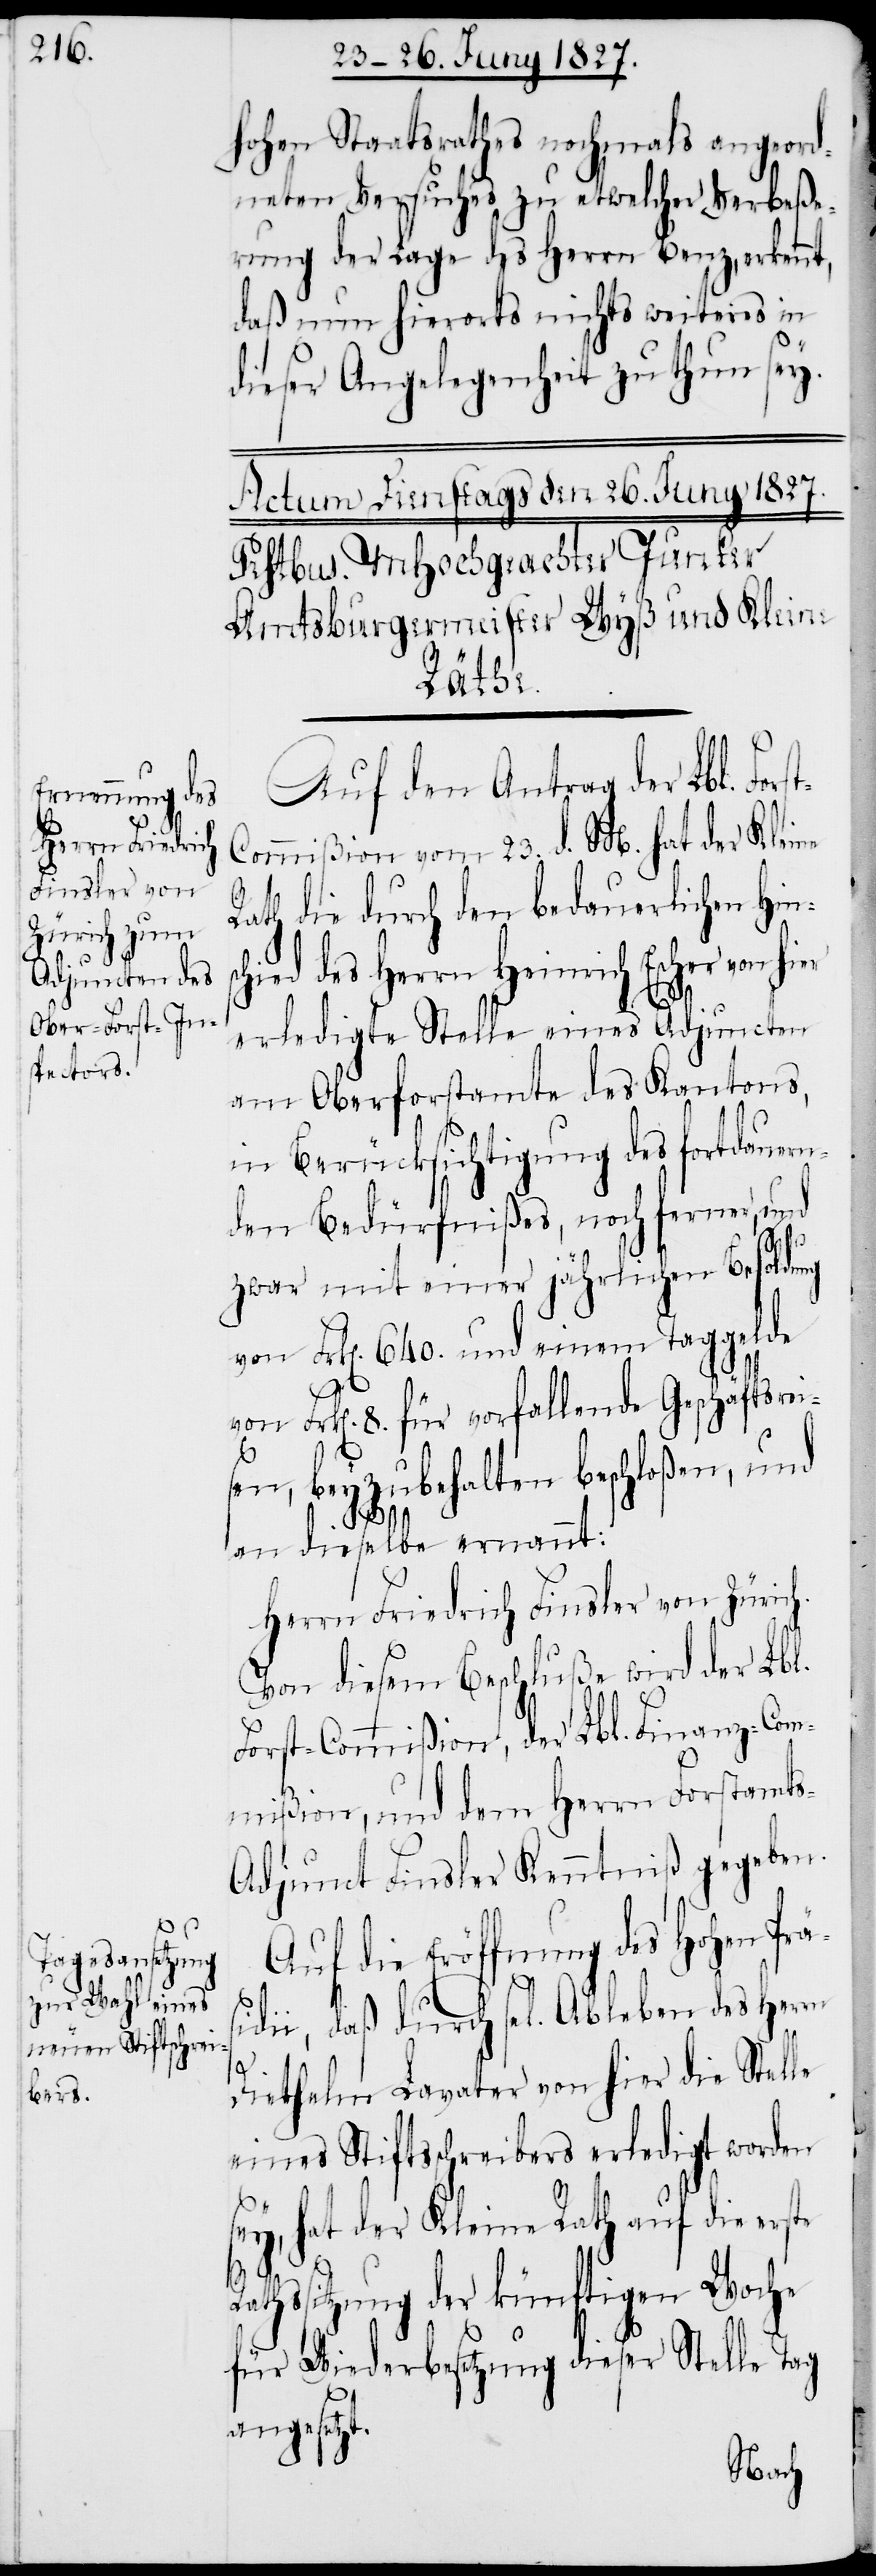
hohen Staatsrathes nochmals angeord¬
neten Versuches zu etwelcher Verbeße¬
rung der Lage des Herrn Benz, erkennt,
daß nun hierorts nichts weiters in
dieser Angelegenheit zu thun sey.
Rath¬
Auf den Antrag der Lbl. For¬
ommißion vom 23. d. M. hat der Kleine
Rath die durch den bedauerlichen Hin¬
chied des Herrn Heinrich Escher von hier
erledigte Stelle eines Adjuncten
am Oberforstamte des Kantons,
in Berücksichtigung des fortdauern¬
den Bedürfnißes, noch ferner, und
zwar mit einer jährlichen Besoldung
von Frk[en]. 640. und einem Taggelde
Frk[en]. 8. für vorfallende Geschäftsrei¬
sen, beyzubehalten beschloßen, und
an dieselbe ernannt:
Herrn Friedrich Finsler vom Zürich.
Von diesem Beschluße wird der Lbl.
Forst-Commißion, der Lbl. Finanz-Com¬
mißion, und dem Herrn Forstamt¬
s-Adjunct Finsler Kenntniß gegeben.
Auf die Eröffnung des Hohen
ii, daß durch sel. Ableben des Herrn
s¬
Diethelm Lavater von hier die Stelle
eines Stiftsschreibers erledigt worden
sey, hat der Kleine Rath auf die erste
ssitzung der künftigen Woche
für Wiederbesetzung dieser Stelle Tag
angesetzt.